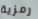
رمزية